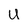
Character: U